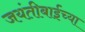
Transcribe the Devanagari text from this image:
जयंतीबाईंच्या